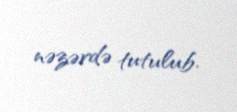
nəzərdə tutulub.